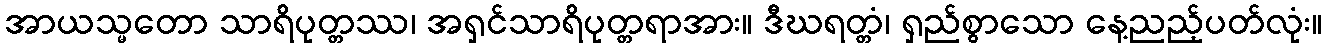
အာယသ္မတော သာရိပုတ္တဿ၊ အရှင်သာရိပုတ္တရာအား။ ဒီဃရတ္တံ၊ ရှည်စွာသော နေ့ညည့်ပတ်လုံး။